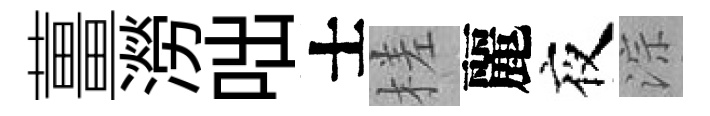
薑澇咄士槎麗夜淙